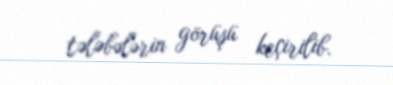
tələbələrin görüşü keçirilib.